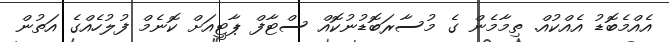
އެއްމެބޮޑު އެއްކުއް. ތިމާމެން ގެ މުސާރަބޮޑުނުކޮއް ސްޓާފް ޕާޓީއަށް ކޮނެމް ފުލުހެއްގެ އަތުން